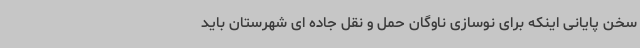
سخن پایانی اینکه برای نوسازی ناوگان حمل و نقل جاده ای شهرستان باید